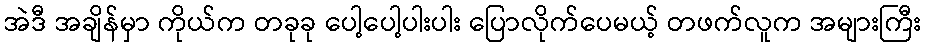
အဲဒီ အချိန်မှာ ကိုယ်က တခုခု ပေါ့ပေါ့ပါးပါး ပြောလိုက်ပေမယ့် တဖက်လူက အများကြီး